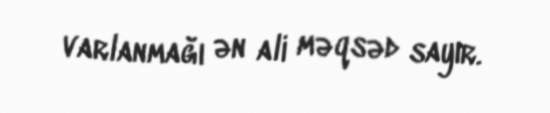
varlanmağı ən ali məqsəd sayır.